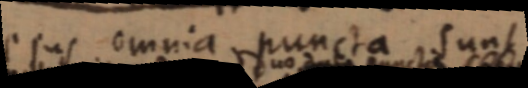
ejus omnia puncta sunt